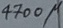
Text: 4700µ